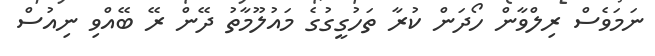
ނަމަވެސް ރިލްވާން ހޯދަން ކުރާ ތަހުގީގުގެ މައުލޫމާތު ދޭން ރޭ ބޭއްވި ނިއުސް